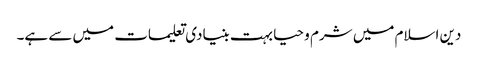
دین اسلام میں شرم و حیا بہت بنیادی تعلیمات میں سے ہے۔